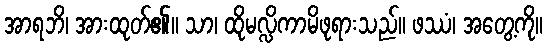
အာရဘိ၊ အားထုတ်၏။ သာ၊ ထိုမလ္လိကာမိဖုရားသည်။ ဖဿံ၊ အတွေ့ကို။